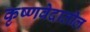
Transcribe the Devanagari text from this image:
कृष्णवेदातील